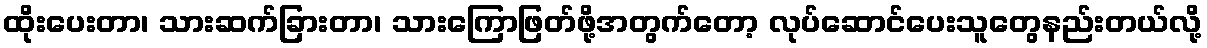
ထိုးပေးတာ၊ သားဆက်ခြားတာ၊ သားကြောဖြတ်ဖို့အတွက်တော့ လုပ်ဆောင်ပေးသူတွေနည်းတယ်လို့